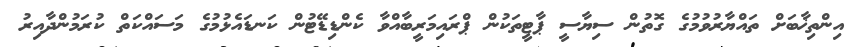
އިންތިޚާބަށް ތައްޔާރުވުމުގެ ގޮތުން ސިޔާސީ ޕާޓީތަކުން ޕްރައިމަރީބާއްވާ ކެންޑިޑޭޓުން ކަނޑައެޅުމުގެ މަސައްކަތް ކުރަމުންދާއިރު